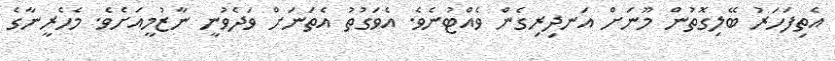
އެތިފަހަރު ބޭލިގޮތުން މޫނަށް އަނދިރިގެން ވެއްޓުނެވެ. އެވަގުތު އެތަނަށް ވަދެވުނީ ނާޒުމީއަށެވެ. މެހެރީނާގެ